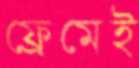
ফ্রেমেই